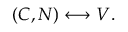
( { \cal C } , { \cal N } ) \longleftrightarrow V .